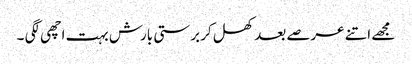
مجھے اتنے عرصے بعد کھل کر برستی بارش بہت اچھی لگی ۔